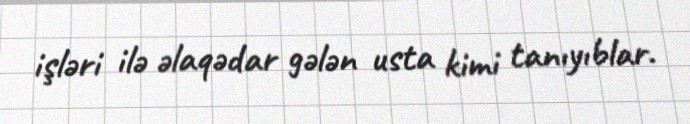
işləri ilə əlaqədar gələn usta kimi tanıyıblar.